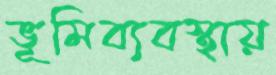
ভূমিব্যবস্থায়